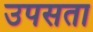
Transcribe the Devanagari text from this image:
उपसता